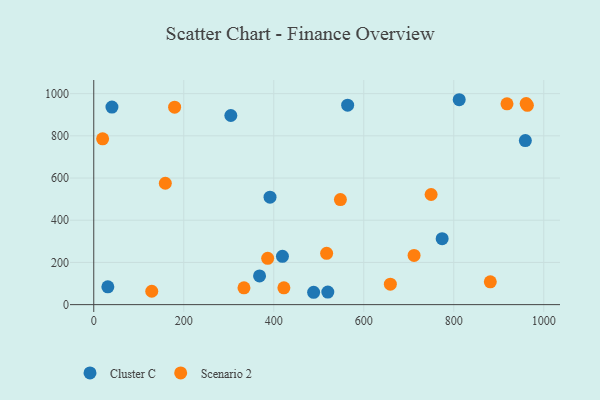
{"axis": {"x": "Engine Size", "y": "Fuel Efficiency"}, "legend": ["Cluster C", "Scenario 2"], "data": [{"x": "959.1", "y": 777.5, "type": "Cluster C"}, {"x": "419.3", "y": 229.1, "type": "Cluster C"}, {"x": "40.4", "y": 936.5, "type": "Cluster C"}, {"x": "304.6", "y": 896.4, "type": "Cluster C"}, {"x": "520.1", "y": 59.6, "type": "Cluster C"}, {"x": "368.4", "y": 136.1, "type": "Cluster C"}, {"x": "564.2", "y": 945.2, "type": "Cluster C"}, {"x": "774.2", "y": 312.4, "type": "Cluster C"}, {"x": "31.3", "y": 84.6, "type": "Cluster C"}, {"x": "812.1", "y": 971.1, "type": "Cluster C"}, {"x": "391.7", "y": 509.4, "type": "Cluster C"}, {"x": "488.6", "y": 58.6, "type": "Cluster C"}, {"x": "881.2", "y": 108.3, "type": "Scenario 2"}, {"x": "918.3", "y": 951.6, "type": "Scenario 2"}, {"x": "386.5", "y": 219.3, "type": "Scenario 2"}, {"x": "159.0", "y": 575.2, "type": "Scenario 2"}, {"x": "749.7", "y": 522.0, "type": "Scenario 2"}, {"x": "128.9", "y": 63.5, "type": "Scenario 2"}, {"x": "19.7", "y": 785.6, "type": "Scenario 2"}, {"x": "333.8", "y": 79.7, "type": "Scenario 2"}, {"x": "517.5", "y": 243.2, "type": "Scenario 2"}, {"x": "963.6", "y": 944.7, "type": "Scenario 2"}, {"x": "179.7", "y": 935.6, "type": "Scenario 2"}, {"x": "960.9", "y": 952.7, "type": "Scenario 2"}, {"x": "422.5", "y": 79.8, "type": "Scenario 2"}, {"x": "711.8", "y": 233.2, "type": "Scenario 2"}, {"x": "659.1", "y": 96.9, "type": "Scenario 2"}, {"x": "548.1", "y": 498.0, "type": "Scenario 2"}]}